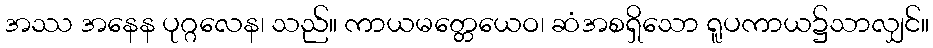
အဿ အနေန ပုဂ္ဂလေန၊ သည်။ ကာယမတ္တေယေဝ၊ ဆံအစရှိသော ရူပကာယ၌သာလျှင်။